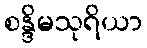
စန္ဒိမသုရိယာ